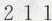
2 1 1